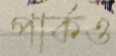
পার্কও